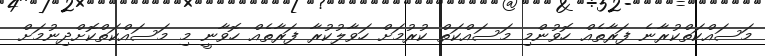
މަސައްކަތްކުރާނެ ފަރާތެއް ހޮވުންމި މަސައްކަތް ކުރުމަށް ހަވާލުކުރާ ފަރާތެއް ހޮވާނީ މި މަސައްކަތްކޮށްދިނުމަށް